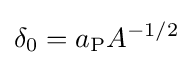
\delta _{0}=a_{\text{P}}A^{-1/2}